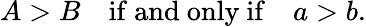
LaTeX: A>B\quad{\mathrm{if~and~only~if}}\quad a>b.